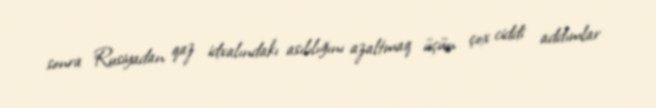
sonra Rusiyadan qaz idxalındakı asılılığını azaltmaq üçün çox ciddi addımlar